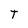
Character: T